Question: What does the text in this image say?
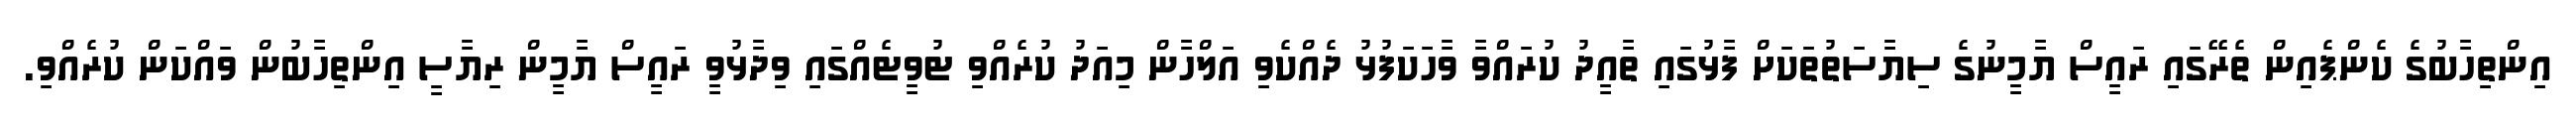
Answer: އިންތިހާބުގެ ކެންޕެއިން ތެރޭގައި ރައީސް ޔާމީނުގެ ސިޔާސަތުތަކަށް ފާޅުގައި ތާއީދު ކުރައްވާ ވާހަކަފުޅު ދެއްކެވި އަލްހާން މިއަދު ކުރެއްވި ޓުވީޓެއްގައި ވިދާޅުވީ ރައީސް ޔާމީން ރިޔާސީ އިންތިހާބުން ވައްކަން ކުރެއްވި.